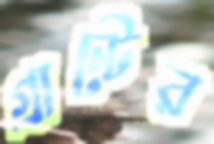
গ্রান্টের